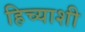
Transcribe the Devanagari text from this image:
हिच्‍याशी